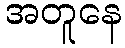
အတူနေ